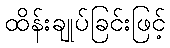
ထိန်းချုပ်ခြင်းဖြင့်